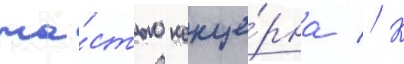
ча́стью конце́рна // К